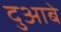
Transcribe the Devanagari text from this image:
दुआबे